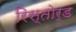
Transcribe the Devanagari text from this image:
रिस्तोर्ड